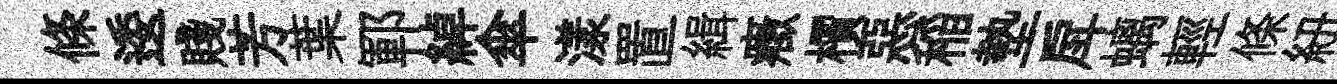
條逶賤芳葉鄆綽傘漾置緝癥檟惡稲墊戽螭輕條紐